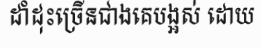
ដាំដុះច្រើនជាងគេបង្អស់ ដោយ